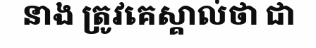
នាង ត្រូវគេស្គាល់ថា ជា